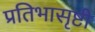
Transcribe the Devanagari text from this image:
प्रतिभासृष्टी